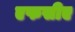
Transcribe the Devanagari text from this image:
एफसीए